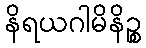
နိရယဂါမိနိဉ္စ